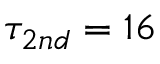
\tau _ { 2 n d } = 1 6